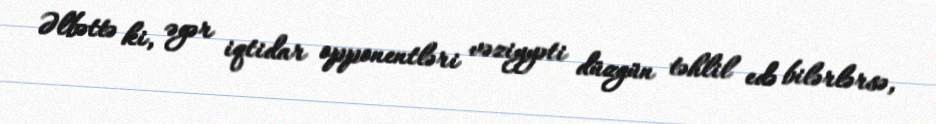
Əlbəttə ki, əgər iqtidar opponentləri vəziyyəti düzgün təhlil edə bilərlərsə,